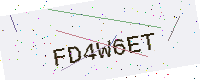
Text: FD4W6ET